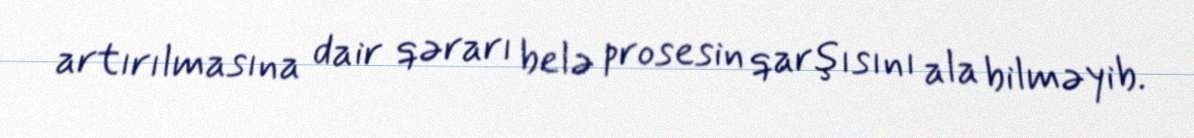
artırılmasına dair qərarı belə prosesin qarşısını ala bilməyib.